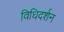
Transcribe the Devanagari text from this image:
विधिदर्शन